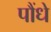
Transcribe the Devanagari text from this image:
पौंधे